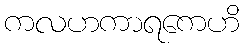
ကလဟကာရကေဟိ